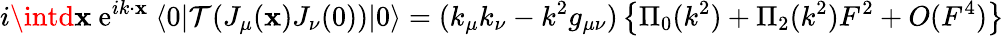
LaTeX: i\intd\mathbf{x}~\mathrm{e}^{ik\cdot\mathbf{x}}~\langle0|\mathcal{T}(J_{\mu}(\mathbf{x})J_{\nu}(0))|0\rangle=(k_{\mu}k_{\nu}-k^{2}g_{\mu\nu})\left\{ \Pi_{0}(k^{2})+\Pi_{2}(k^{2})F^{2}+O(F^{4})\right\}